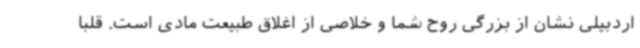
اردبیلی نشان از بزرگی روح شما و خلاصی از اغلاق طبیعت مادی است. قلبا